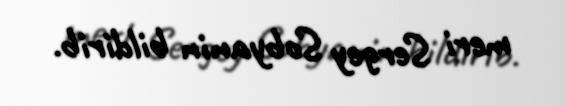
meri Sergey Sobyanin bildirib.